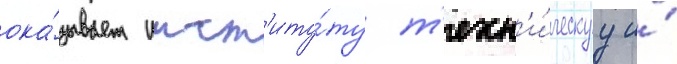
ока́зывает инст'иту́ту т'ехн'и́ческуу и́